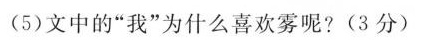
(5)文中的“我”为什么喜欢雾呢?(3分)